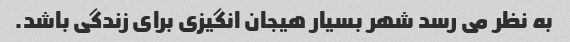
به نظر می رسد شهر بسیار هیجان انگیزی برای زندگی باشد.